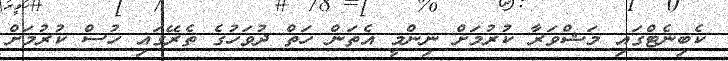
ކެބިނެޓްގައި މަޝްވަރާ ކުރުމަށް ނިންމީ އެތަން ހަތް ދުވަހުގެ ތެރޭގައި ހުސް ކުރުމަށް